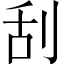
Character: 刮